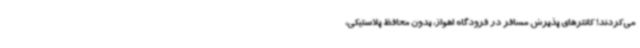
می‌کردند! کانترهای پذیرش مسافر در فرودگاه اهواز، بدون محافظ پلاستیکی،